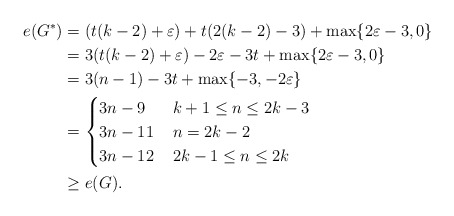
\begin{align*}e(G^*)&= (t(k-2)+\varepsilon)+t(2(k-2)-3)+\max\{2\varepsilon-3,0\}\\&=3(t(k-2)+\varepsilon)-2\varepsilon-3t+\max\{2\varepsilon-3,0\}\\&=3(n-1)-3t+\max\{-3,-2\varepsilon\}\\&= \begin{cases} 3n-9 & \, k+1\le n\le2k-3 \\ 3n-11 & \, n=2k-2 \\ 3n-12 & \,2k-1\le n\le 2k \\\end{cases}\\&\ge e(G).\end{align*}